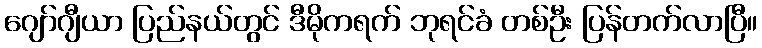
ဂျော်ဂျီယာ ပြည်နယ်တွင် ဒီမိုကရက် ဘုရင်ခံ တစ်ဦး ပြန်တက်လာပြီ။